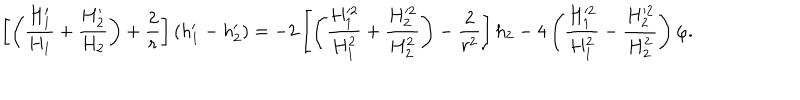
LaTeX: \left[ \left( { \frac { H _ { 1 } ^ { \prime } } { H _ { 1 } } } + { \frac { H _ { 2 } ^ { \prime } } { H _ { 2 } } } \right) + { \frac { 2 } { r } } \right] ( h _ { 1 } ^ { \prime } - h _ { 2 } ^ { \prime } ) = - 2 \left[ \left( { \frac { H _ { 1 } ^ { 2 } } { H _ { 1 } ^ { 2 } } } + { \frac { H _ { 2 } ^ { 2 } } { H _ { 2 } ^ { 2 } } } \right) - { \frac { 2 } { r ^ { 2 } } } \right] h _ { 2 } - 4 \left( { \frac { H _ { 1 } ^ { 2 } } { H _ { 1 } ^ { 2 } } } - { \frac { H _ { 2 } ^ { 2 } } { H _ { 2 } ^ { 2 } } } \right) \varphi .